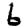
Digit: 6